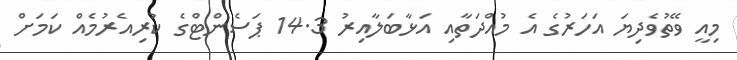
މިއީ ވޭތުވެދިޔަ އަހަރުގެ އެ މުއްދަތާއި އަޅާބަލާއިރު 14.3 ޕަސެންޓްގެ ކުރިއެރުމެއް ކަމަށް